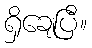
ရှိချေပြီ။